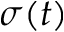
\sigma ( t )